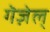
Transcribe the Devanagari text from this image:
गॆज़ेल्